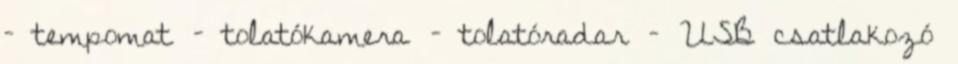
– tempomat – tolatókamera – tolatóradar – USB csatlakozó